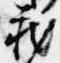
蔵